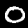
Label: 0